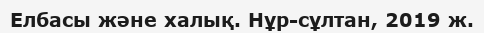
Елбасы және халық. Нұр-сұлтан, 2019 ж.